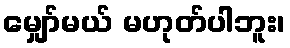
မျှော်မယ် မဟုတ်ပါဘူး၊